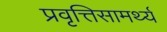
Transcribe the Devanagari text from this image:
प्रवृत्तिसामर्थ्य